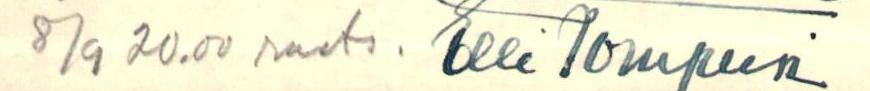
8/9 20.00 ruots. Elli Tompuri